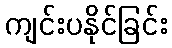
ကျင်းပနိုင်ခြင်း